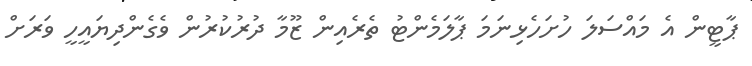
ޕާޓީން އެ މައްސަލަ ހުށަހެޅިނަމަ ޕާލަމެންޓު ތެރެއިން ޒޫމާ ދުރުކުރުން ވެގެންދިޔައީހީ ވަރަށް